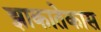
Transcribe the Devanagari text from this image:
झाकातेकास